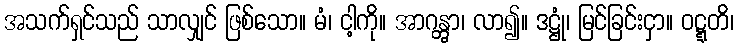
အသက်ရှင်သည် သာလျှင် ဖြစ်သော။ မံ၊ ငါ့ကို။ အာဂန္တွာ၊ လာ၍။ ဒဋ္ဌုံ၊ မြင်ခြင်းငှာ။ ဝဋ္ဋတိ၊